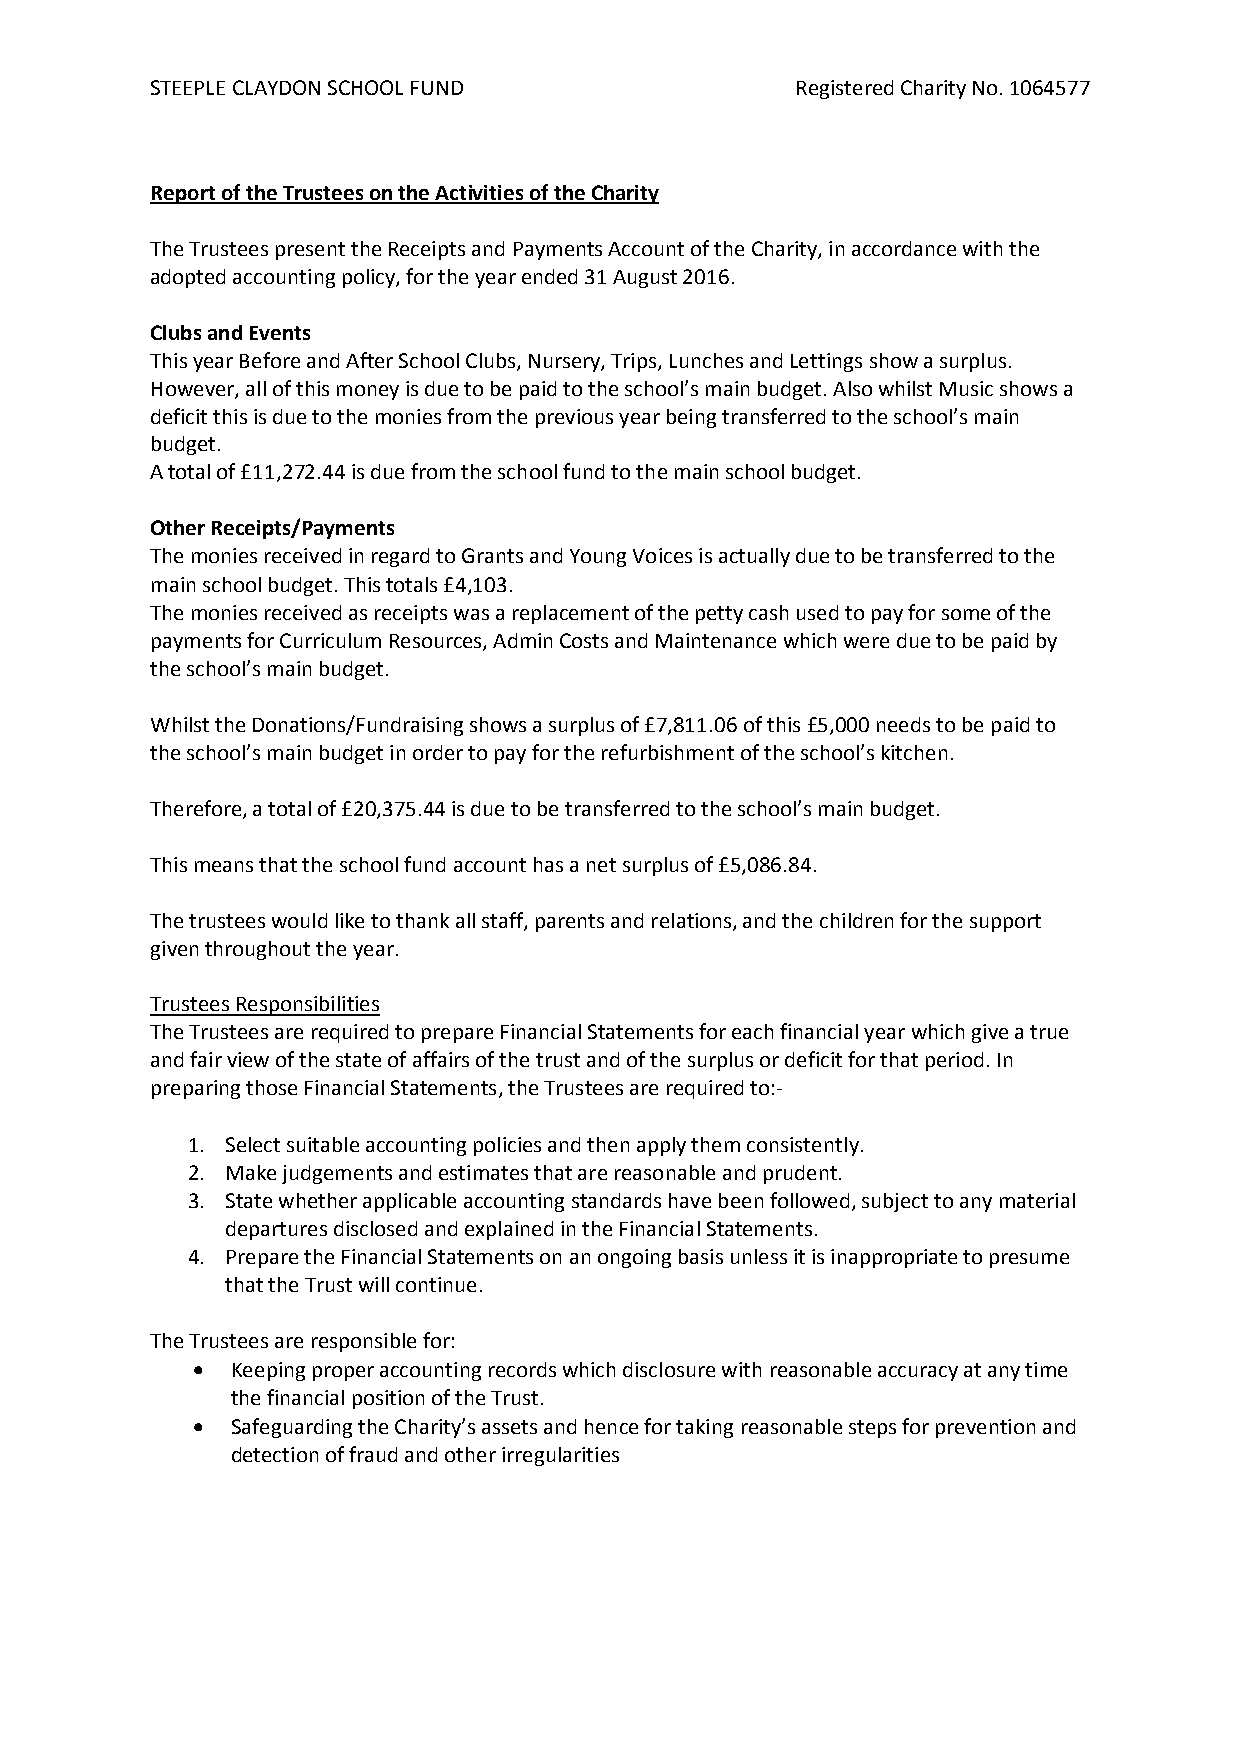
STEEPLE CLAYDON SCHOOL FUND                Registered Charity No. 1064577
 Report of the Trustees on the Activities of the Charity
 The Trustees present the Receipts and Payments Account of the Charity, in accordance with the
 adopted accounting policy, for the year ended 31 August 2016.
 Clubs and Events
 This year Before and After School Clubs, Nursery, Trips, Lunches and Lettings show a surplus.
 However, all of this money is due to be paid to the school’s main budget. Also whilst Music shows a
 deficit this is due to the monies from the previous year being transferred to the school’s main
 budget.
 A total of £11,272.44 is due from the school fund to the main school budget.
 Other Receipts/Payments
 The monies received in regard to Grants and Young Voices is actually due to be transferred to the
 main school budget. This totals £4,103.
 The monies received as receipts was a replacement of the petty cash used to pay for some of the
 payments for Curriculum Resources, Admin Costs and Maintenance which were due to be paid by
 the school’s main budget.
 Whilst the Donations/Fundraising shows a surplus of £7,811.06 of this £5,000 needs to be paid to
 the school’s main budget in order to pay for the refurbishment of the school’s kitchen.
 Therefore, a total of £20,375.44 is due to be transferred to the school’s main budget.
 This means that the school fund account has a net surplus of £5,086.84.
 The trustees would like to thank all staff, parents and relations, and the children for the support
 given throughout the year.
 Trustees Responsibilities
 The Trustees are required to prepare Financial Statements for each financial year which give a true
 and fair view of the state of affairs of the trust and of the surplus or deficit for that period. In
 preparing those Financial Statements, the Trustees are required to:-
 1. Select suitable accounting policies and then apply them consistently.
 2. Make judgements and estimates that are reasonable and prudent.
 3. State whether applicable accounting standards have been followed, subject to any material
 departures disclosed and explained in the Financial Statements.
 4. Prepare the Financial Statements on an ongoing basis unless it is inappropriate to presume
 that the Trust will continue.
 The Trustees are responsible for:
  Keeping proper accounting records which disclosure with reasonable accuracy at any time
 the financial position of the Trust.
  Safeguarding the Charity’s assets and hence for taking reasonable steps for prevention and
 detection of fraud and other irregularities